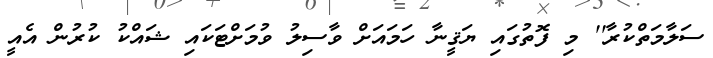
ސަލާމަތްކުރާ'' މި ފޮތުގައި ޔަޤީނާ ހަމައަށް ވާސިލު ވުމަށްޓަކައި ޝައްކު ކުރުން އެއީ